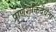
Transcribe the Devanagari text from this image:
प्राणशक्तिर्देवता